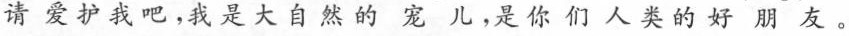
请爱护我吧，我是大自然的宠儿，是你们人类的好朋友。